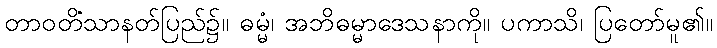
တာဝတိံသာနတ်ပြည်၌။ ဓမ္မံ၊ အဘိဓမ္မာဒေသနာကို။ ပကာသိ၊ ပြတော်မူ၏။